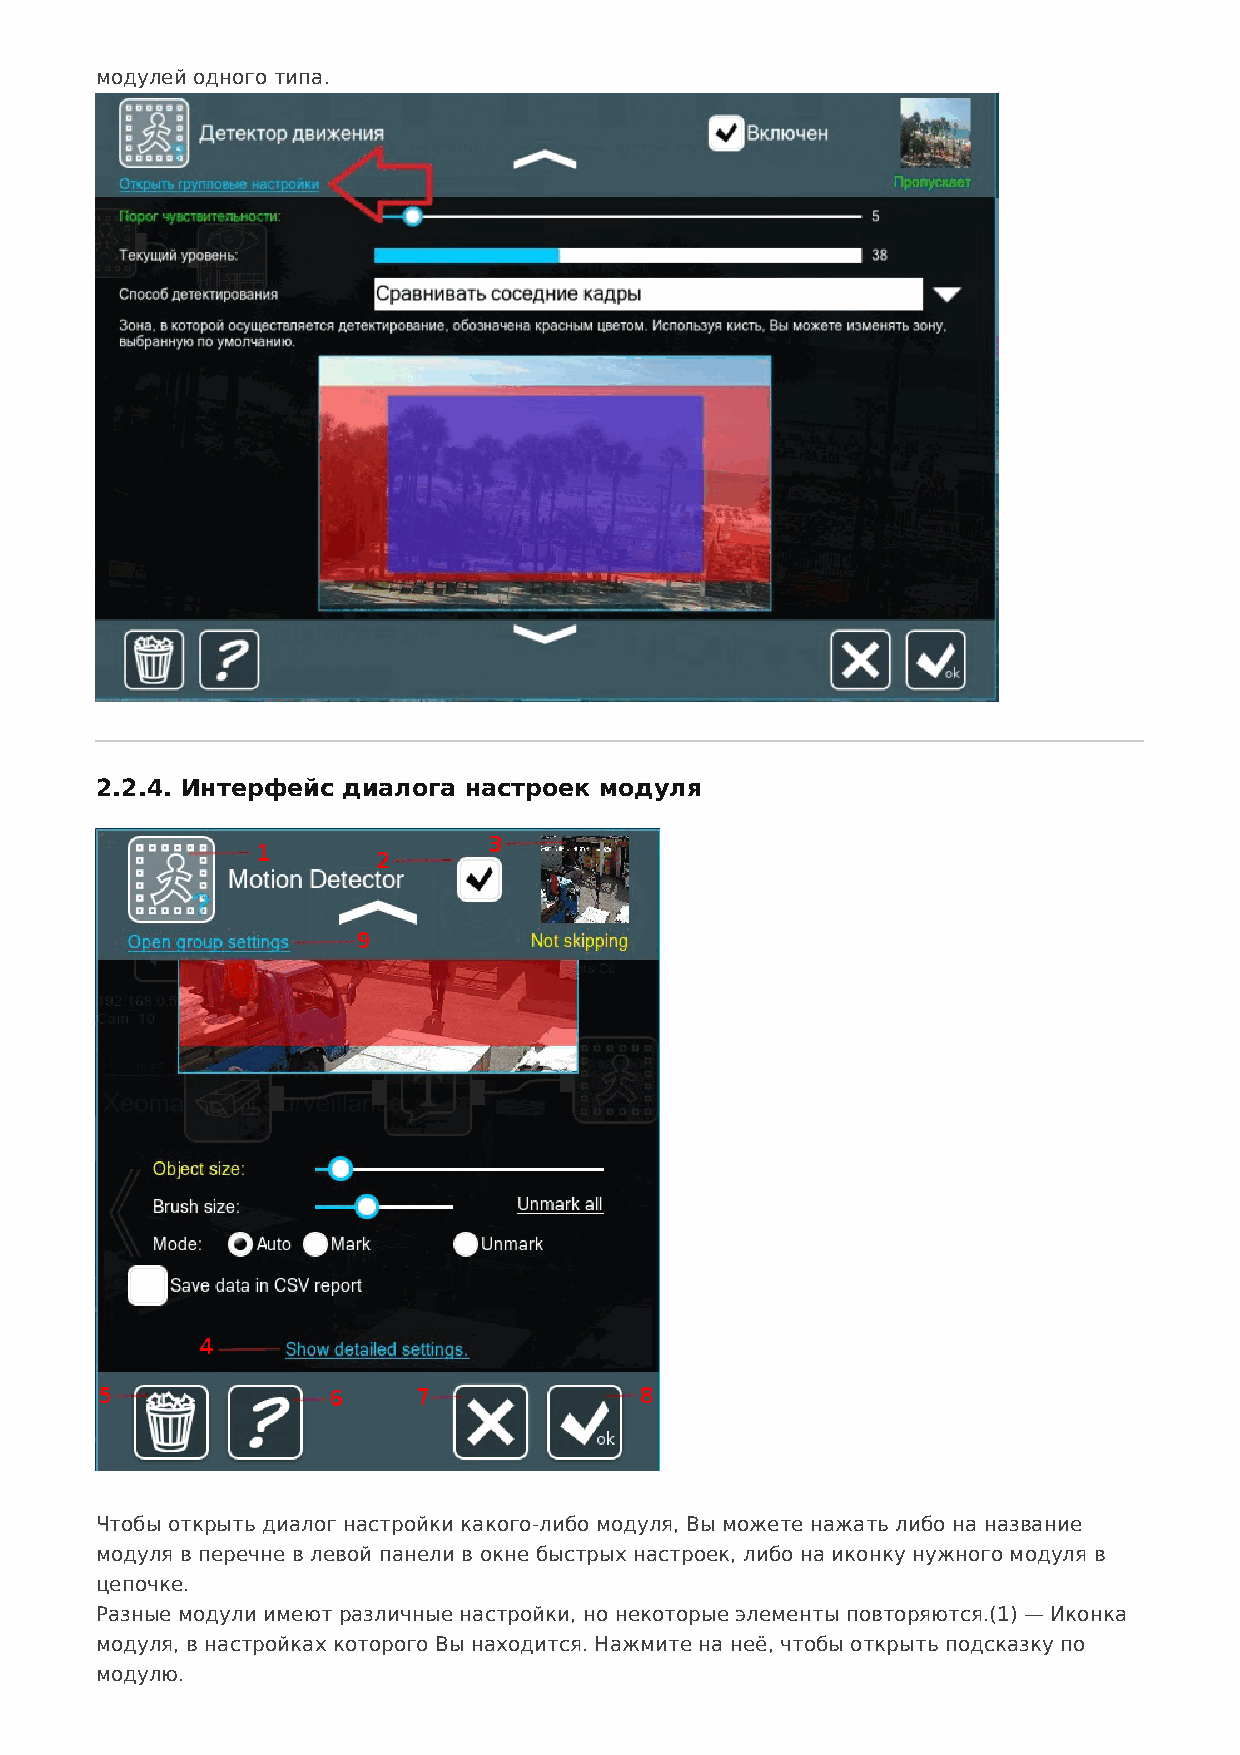
модулей одного типа.
 2.2.4. Интерфейс диалога настроек модуля
 Чтобы открыть диалог настройки какого-либо модуля, Вы можете нажать либо на название
 модуля в перечне в левой панели в окне быстрых настроек, либо на иконку нужного модуля в
 цепочке.
 Разные модули имеют различные настройки, но некоторые элементы повторяются.(1) — Иконка
 модуля, в настройках которого Вы находится. Нажмите на неё, чтобы открыть подсказку по
 модулю.